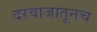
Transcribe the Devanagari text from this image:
दरवाजातूनच